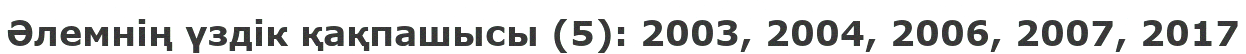
Әлемнің үздік қақпашысы (5): 2003, 2004, 2006, 2007, 2017